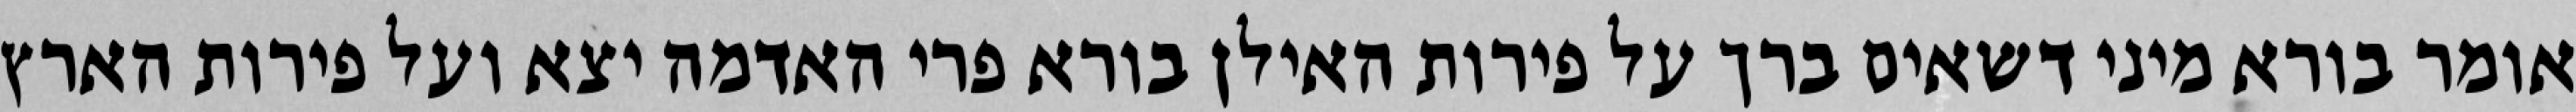
אומר בורא מיני דשאים ברך על פירות האילן בורא פרי האדמה יצא ועל פירות הארץ